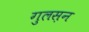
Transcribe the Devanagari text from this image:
गुलस़न